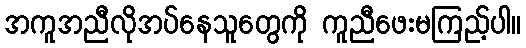
အကူအညီလိုအပ်နေသူတွေကို ကူညီဖေးမကြည့်ပါ။